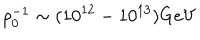
LaTeX: \rho _ { 0 } ^ { - 1 } \sim ( 1 0 ^ { 1 2 } - 1 0 ^ { 1 3 } ) \mathrm { G e V }